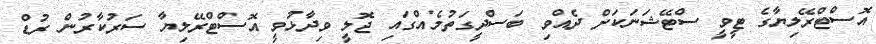
އޮސްޓްރޭލިޔާގެ ޓީވީ ސްޓޭޝަނަކަށް ދެއްވި ބަސްދީގަތުމެއްގައި ޖޮލީ ވިދާޅުވީ އޮސްޓްރޭލިޔާ ސަރުކާރުން ރުޑް